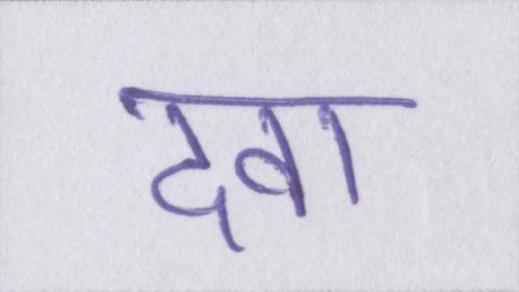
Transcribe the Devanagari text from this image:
दवा